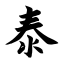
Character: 泰